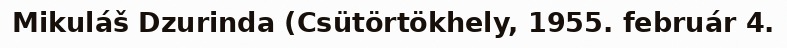
Mikuláš Dzurinda (Csütörtökhely, 1955. február 4.